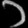
Digit: ၁